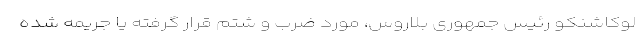
لوکاشنکو رئیس جمهوری بلاروس، مورد ضرب و شتم قرار گرفته یا جریمه شده